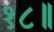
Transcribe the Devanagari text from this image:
१८॥